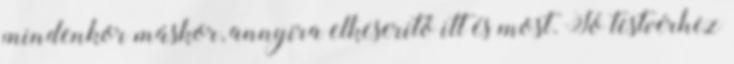
mindenkor máskor, annyira elkeserítő itt és most. Jó testvérhez